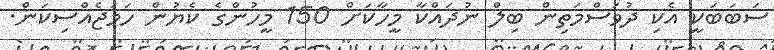
ސަބަބަކީ އެކި ދުވަސްމަތިން ބިލް ނުދައްކާ މީހާކަށް 150 މީހުންގެ ކެޔުން ހަމަޖެއްސިކަން.